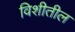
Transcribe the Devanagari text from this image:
विशीतील